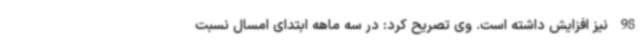
98 نیز افزایش داشته است. وی تصریح کرد: در سه ماهه ابتدای امسال نسبت